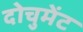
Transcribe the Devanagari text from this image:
दोचुमेंट